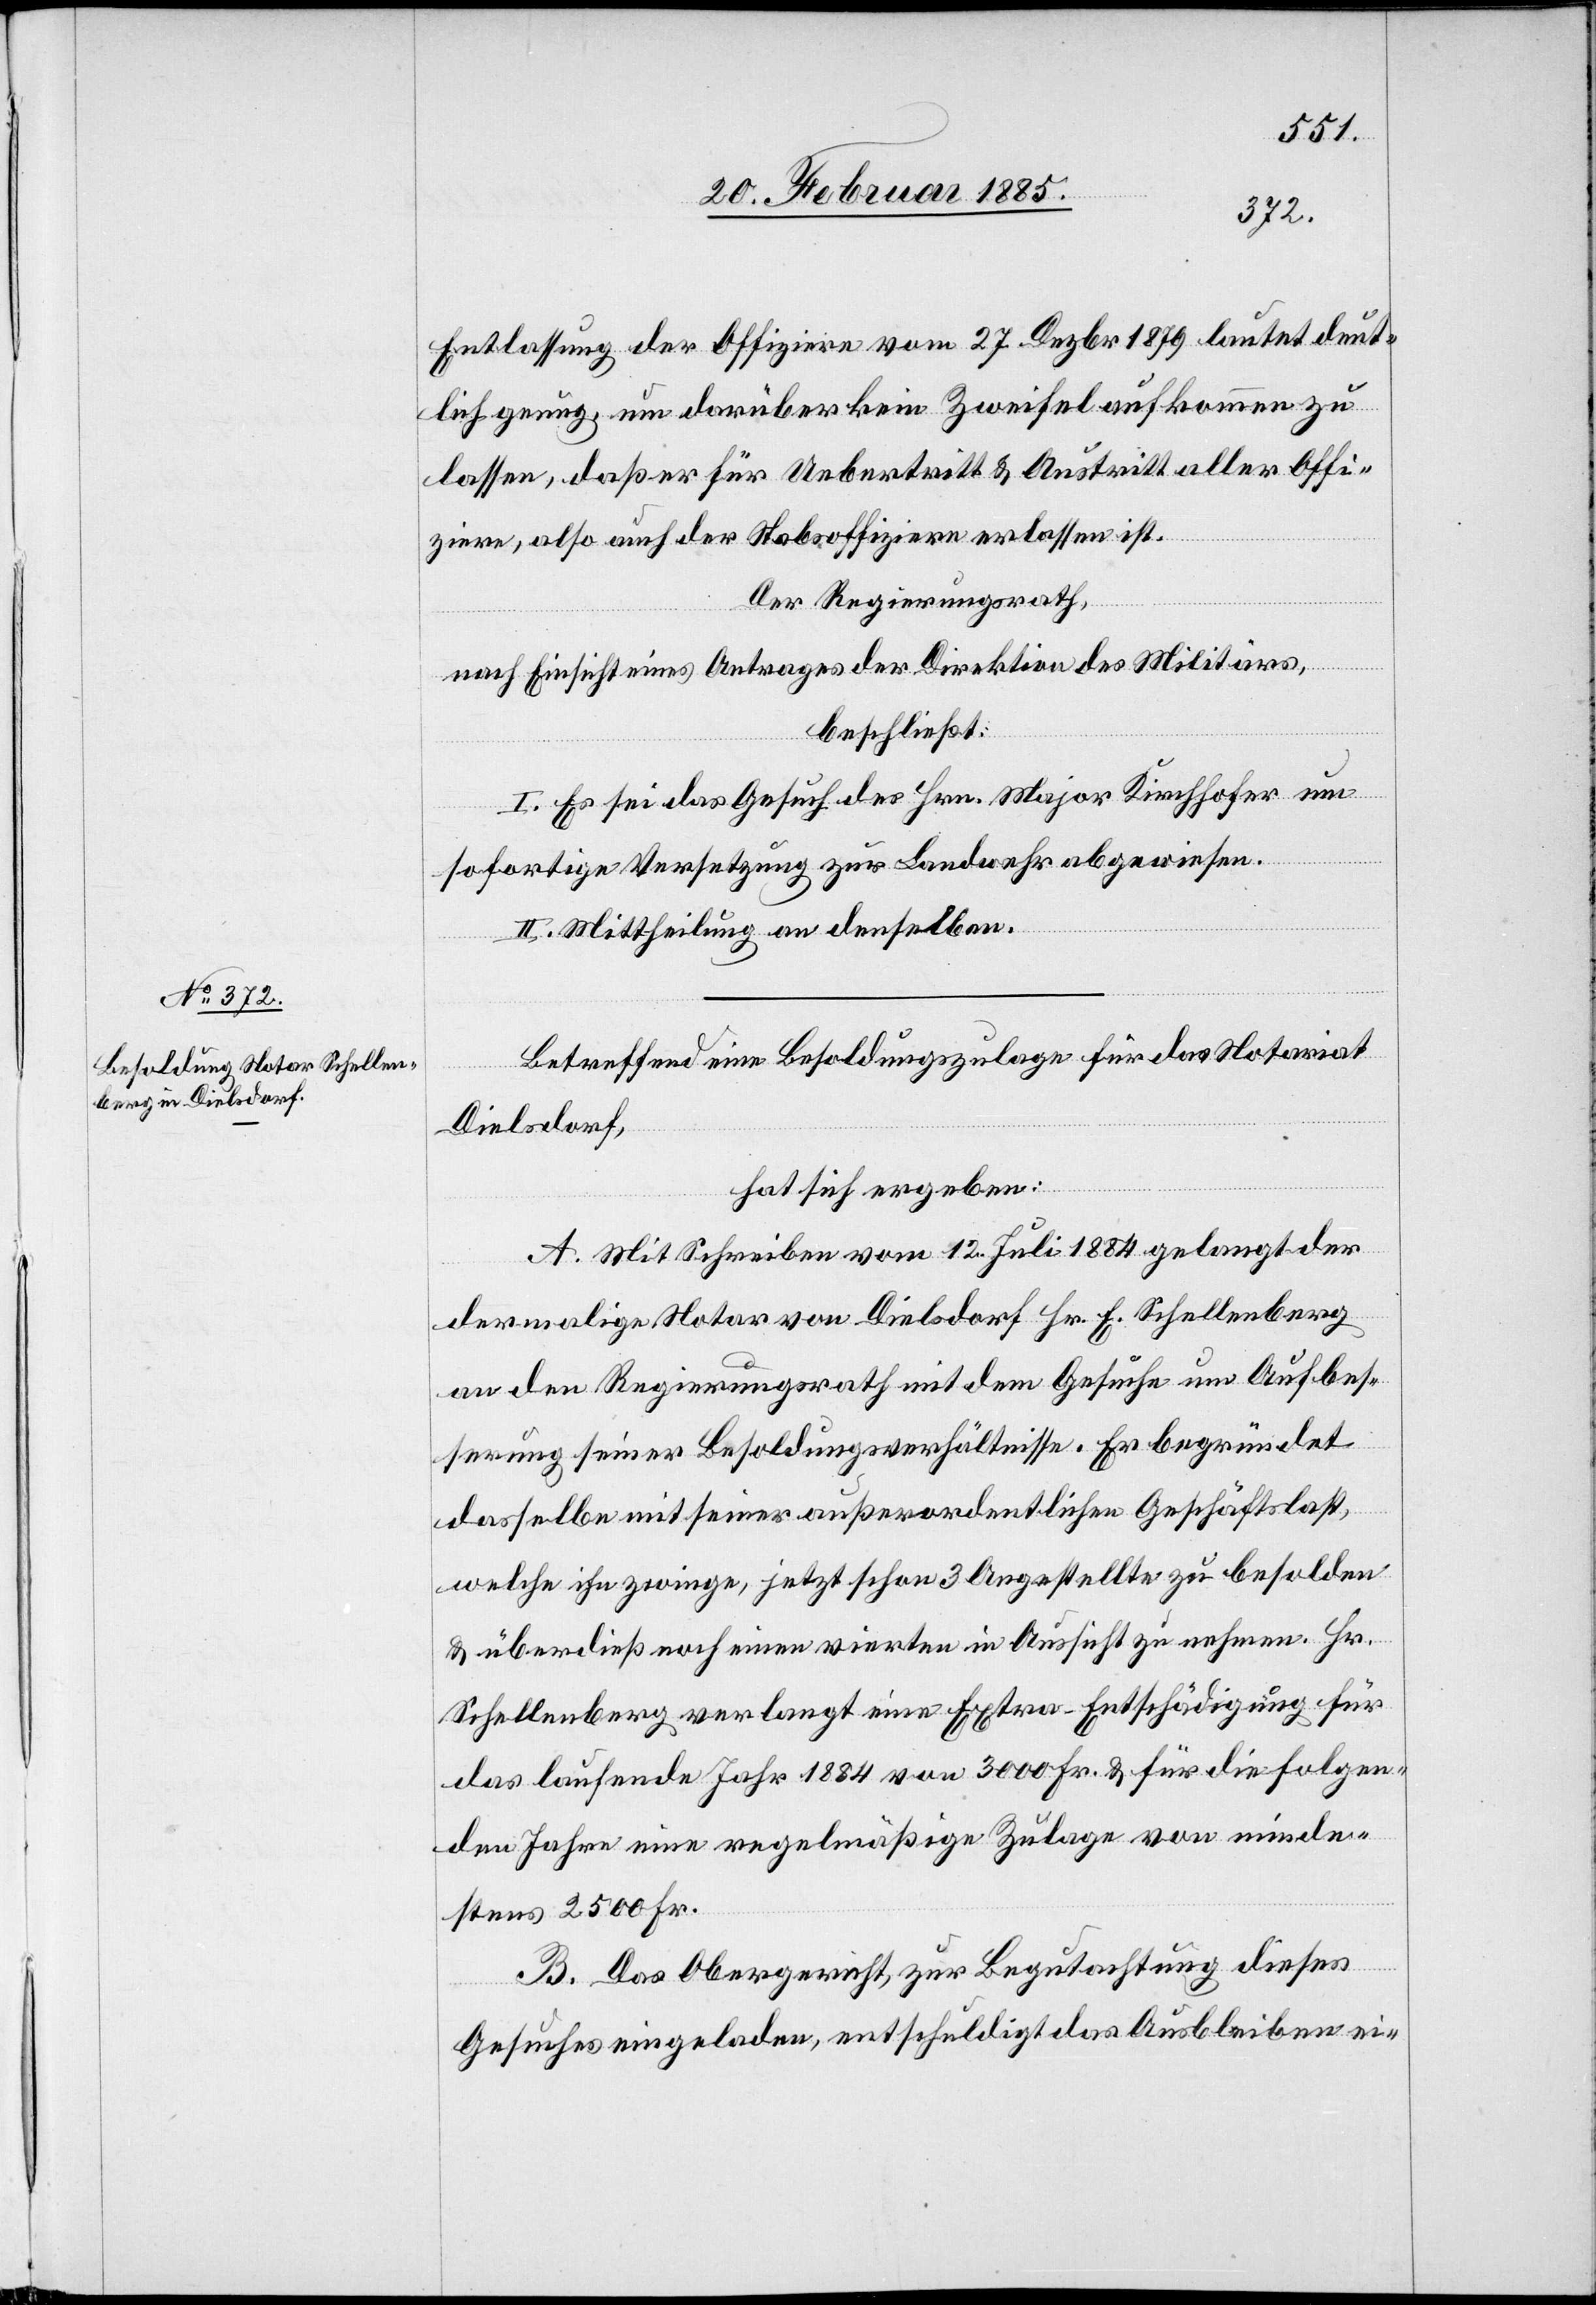
Entlassung der Offiziere vom 27. Dezbr. 1879 lautet deut¬
lich genug, um darüber kein Zweifel aufkommen zu
lassen, das er für Uebertritt & Austritt aller Offi¬
ziere, also auch der Stabsoffiziere erlassen ist.
Der Regierungsrath,
nach Einsicht eines Antrages der Direktion des Militärs,
beschließt:
I. Es sei das Gesuch des Hrn. Major Kirchhofer um
sofortige Versetzung zur Landwehr abgewiesen.
II. Mittheilung an denselben.
Betreffend eine Besoldungszulage für das Notariat
Dielsdorf,
hat sich ergeben:
A. Mit Schreiben vom 12. Juli 1884 gelangt der
dermalige Notar von Dielsdorf Hr. F. Schellenberg
an den Regierungsrath mit dem Gesuche um Aufbes¬
serung seiner Besoldungsverhältnisse. Er begründet
dasselbe mit seiner außerordentlichen Geschäftslast,
welche ihn zwinge, jetzt schon 3 Angestellte zu besolden
& überdieß noch einen vierten in Aussicht zu nehmen. Hr.
Schellenberg verlangt eine Extra-Entschädigung für
das laufende Jahr 1884 von 3000 Fr. & für die folgen¬
den Jahre eine regelmäßige Zulage von minde¬
stens 2500 Fr.
B. Das Obergericht, zur Begutachtung dieses
Gesuches eingeladen, entschuldigt das Ausbleiben ei-